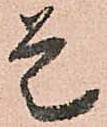
是